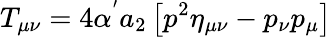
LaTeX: T_{\mu\nu}=4\alpha^{'}a_{2}\left[p^{2}\eta_{\mu\nu}-p_{\nu}p_{\mu}\right]